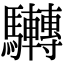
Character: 𩧜